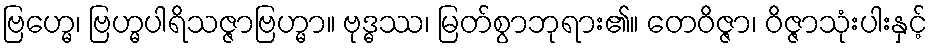
ဗြဟ္မေ၊ ဗြဟ္မပါရိသဇ္ဇာဗြဟ္မာ။ ဗုဒ္ဓဿ၊ မြတ်စွာဘုရား၏။ တေဝိဇ္ဇာ၊ ဝိဇ္ဇာသုံးပါးနှင့်